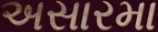
અસારમા